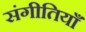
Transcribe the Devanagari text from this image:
संगीतियाँ